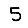
Digit: 5